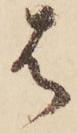
は